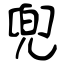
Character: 兜